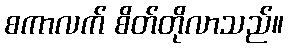
စကာလက် စိတ်တိုလာသည်။